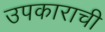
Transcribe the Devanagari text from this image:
उपकाराची